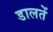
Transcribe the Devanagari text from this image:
डालतें